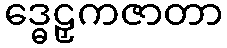
ဒ္ဓေဠှကဇာတာ